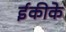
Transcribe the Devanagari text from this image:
ईकीके